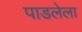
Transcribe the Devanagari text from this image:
पाडलेला